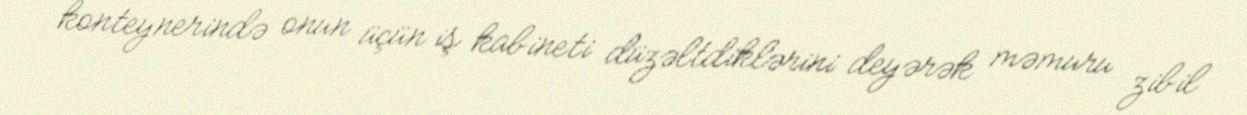
konteynerində onun üçün iş kabineti düzəltdiklərini deyərək məmuru zibil